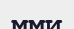
мми